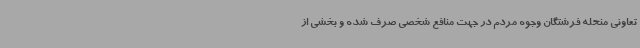
تعاونی منحله فرشتگان وجوه مردم در جهت منافع شخصی صرف شده و بخشی از